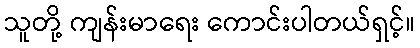
သူတို့ ကျန်းမာရေး ကောင်းပါတယ်ရှင့်။